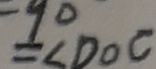
= \angle D O C